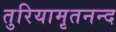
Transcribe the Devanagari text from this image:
तुरियामृतनन्द